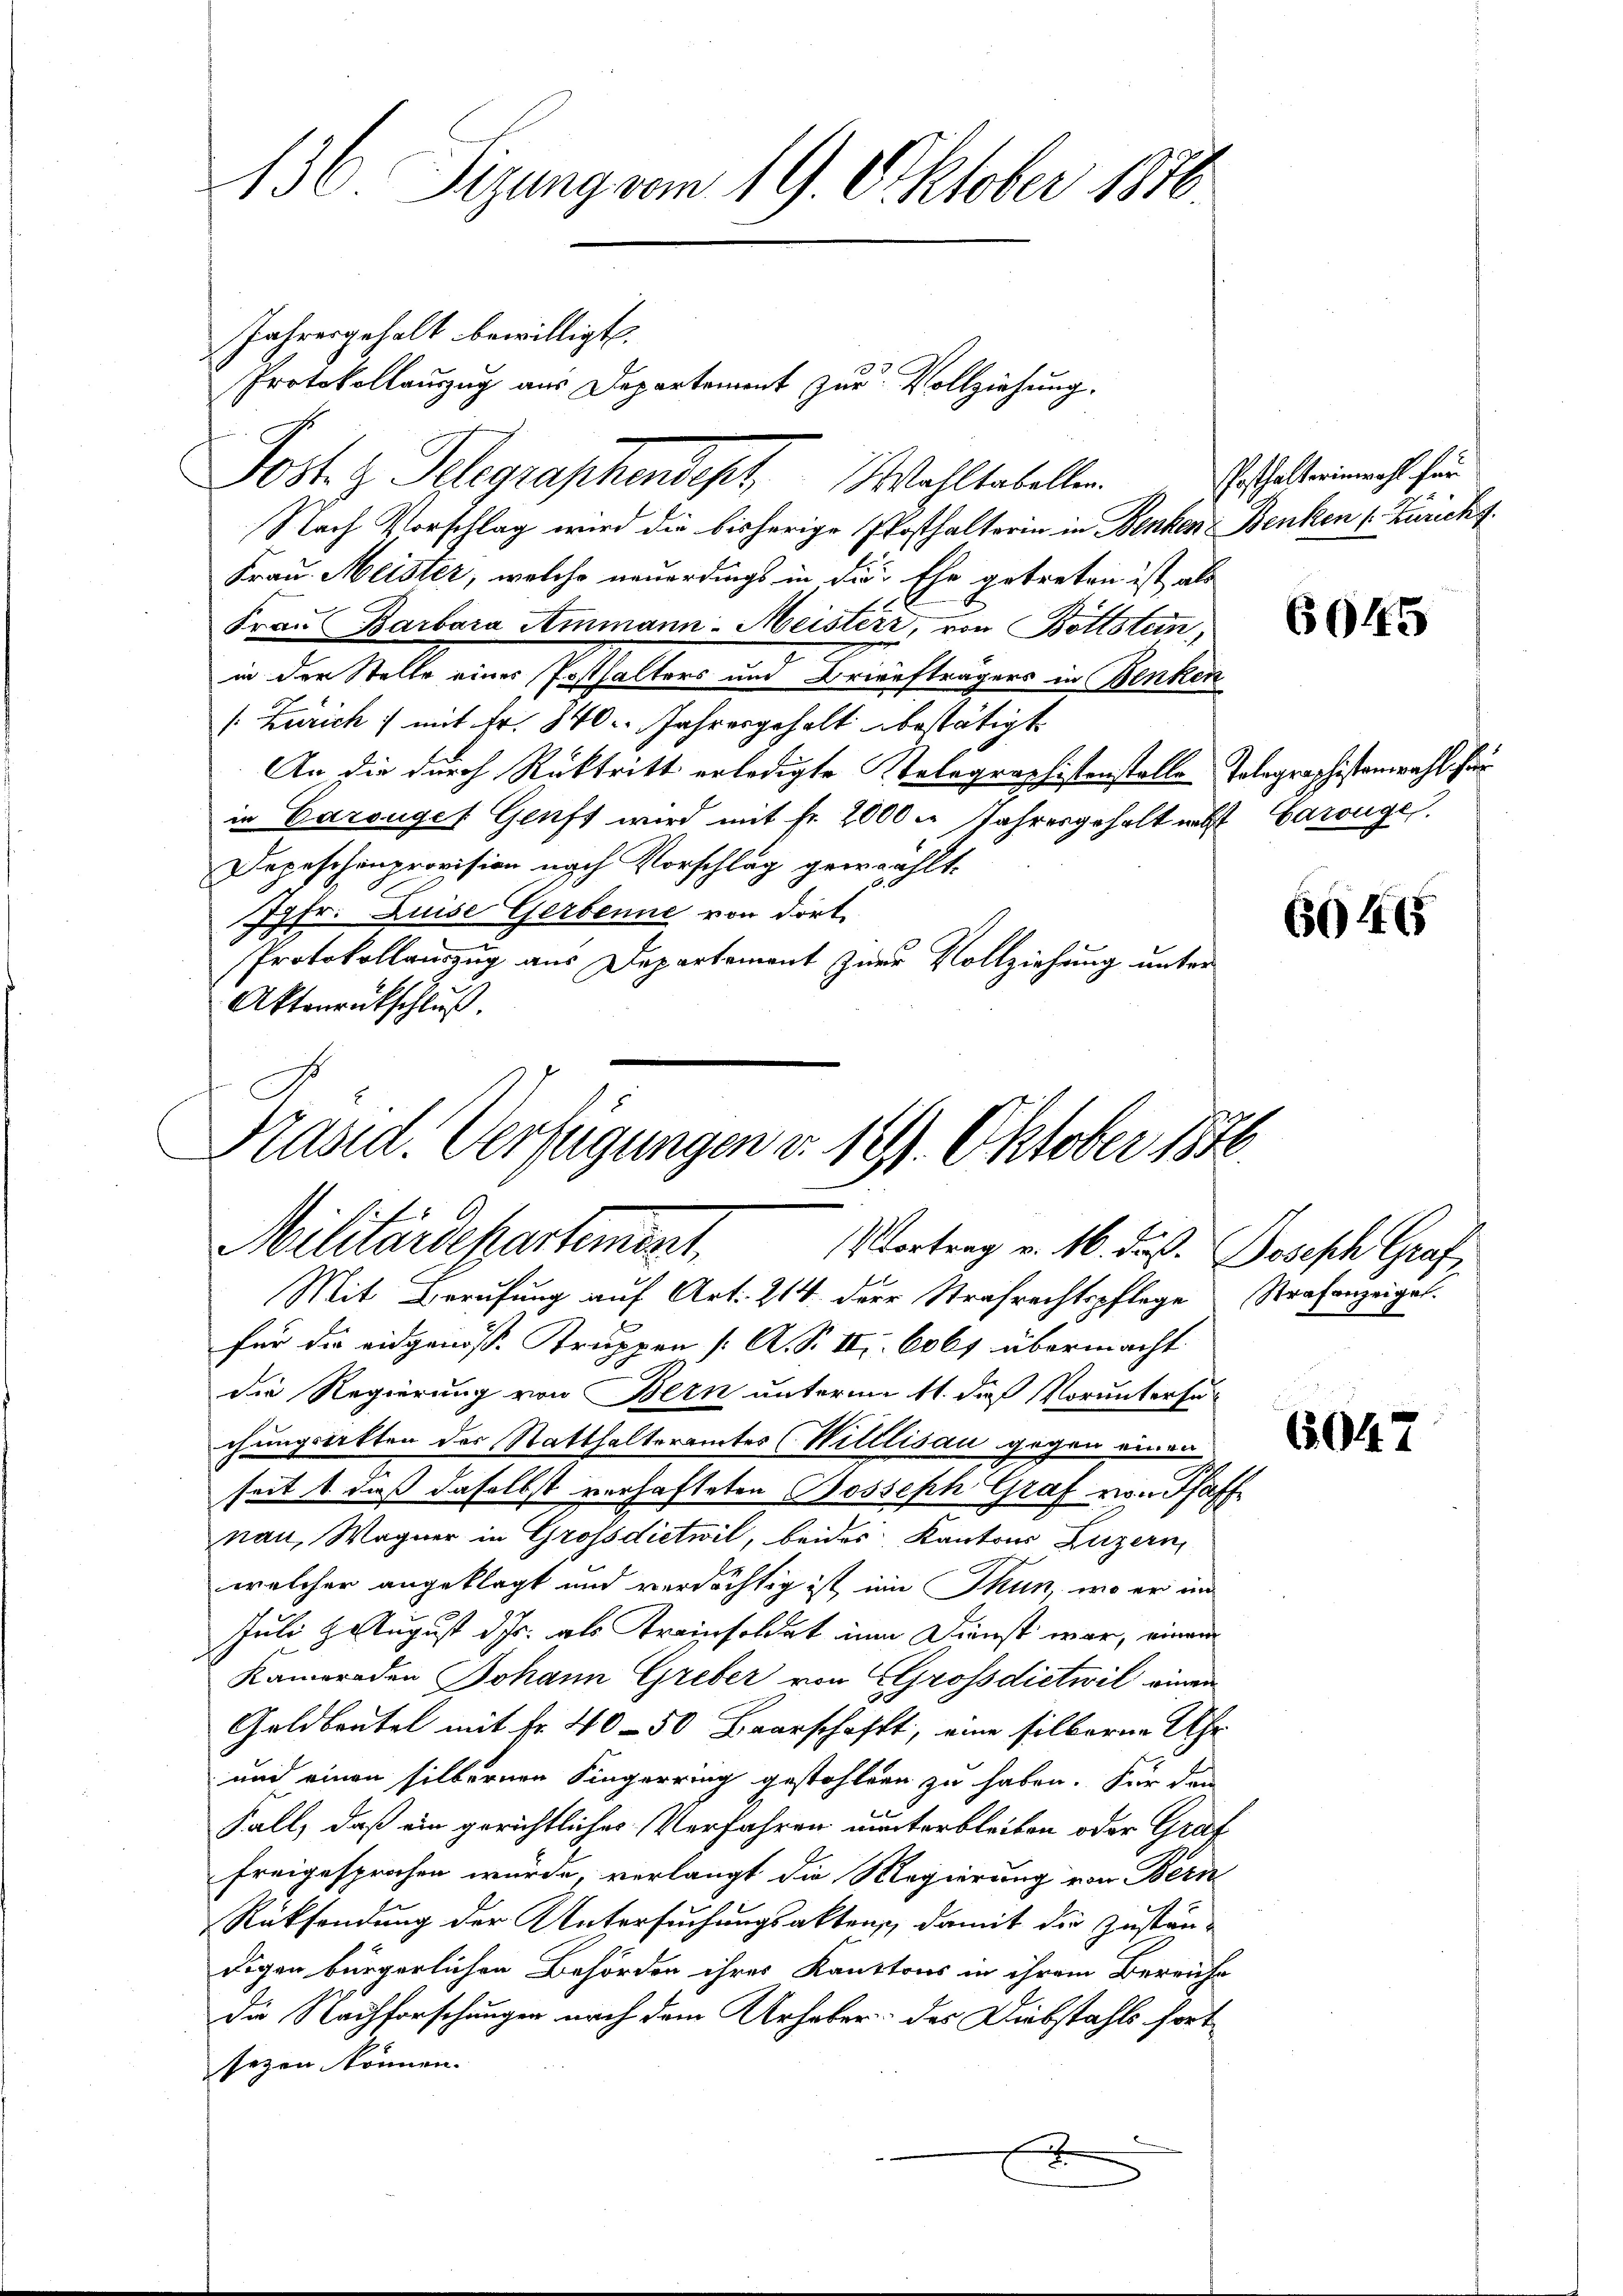
136 Sizung vom 19. Oktober 1840.
Jahresgehalt bewilligt.
Protokollauszug aus Departement zur Vollziehung.

Nach Vorschlag wird die bisherige Posthalterin in Benken Benken (Züricht
Frau Meister, welche neuerdings in die Ehe getreten ist, als
Frau Barbara Ammann Meisterr, von Bottstein,
in der Stelle einer Posthalters und Briefträgers in Benken
/: Zürich 7 mit Fr. 340. Jahresgehalt bestätigt.
An die durch Rücktritt erledigte Stelegraphistenstelle Polagraphistenwahl hierin Carouges Genft wird mit fr. 2000 Jahresgehalt nebst Carouge
Depeschenprovision nach Vorschlag gewählt.
Jgfr. Luise Gerbenne von dort.
Protokollauszug aus Departement zur Vollziehung unter
Aktonrückschluß.
Mit Berufung auf Art. 214 der Strafrechtspflege Strafanzeigel.
für die eidgenösse Truppen [A. S. II. 6061 übermacht
die Regierung von Bern unterm 11. daß Voruntersu
chungsakten der Statthalteramtes (Witllisau gegen einen
seit & daß daselbst verhafteten Bosseph Graf von Schaff
nau, Wagner in Grossdietwil, beides Kantons Luzern,
welcher angeklagt und verdächtig ist im Thun, wo er in
Juli 2 August ds. als Kreisoldet in Dienst war, einem
Kameraden Johann Greber von Gross dietwil einen
Geldbeutel mit Fr. 40–50 Baarschafft, eine silberne Uhr
und einen silbernen Fingerring gestohlen zu haben. Für den
Fall, daß ein gerichtliches Verfahren unterbleiben oder Graf
freigesprochen wurde, verlangt die Regierung von Bern
Rücksendung der Untersuchungsaktens, damit die Zustän-
digen bürgerlichen Behörden ihres Kantons in ihrem Bereiche
die Nachforschungen nach dem Urheber des Diebstahls fort
sezen können.

Post. g. Telegraphendert Wahltabellen.

Kasid. Verfügungen v. 19. Oktober 1886
Militärdepartement.
Vortrag v. 16. daß Joseph Graf

Posthalterinwohl für

6045

6045

65047